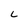
Character: L